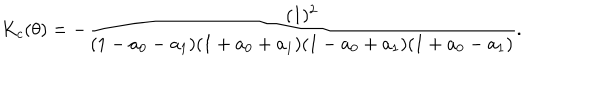
K _ { c } ( \theta ) = - \frac { ( 1 ) ^ { 2 } } { ( 1 - a _ { 0 } - a _ { 1 } ) ( 1 + a _ { 0 } + a _ { 1 } ) ( 1 - a _ { 0 } + a _ { 1 } ) ( 1 + a _ { 0 } - a _ { 1 } ) } .